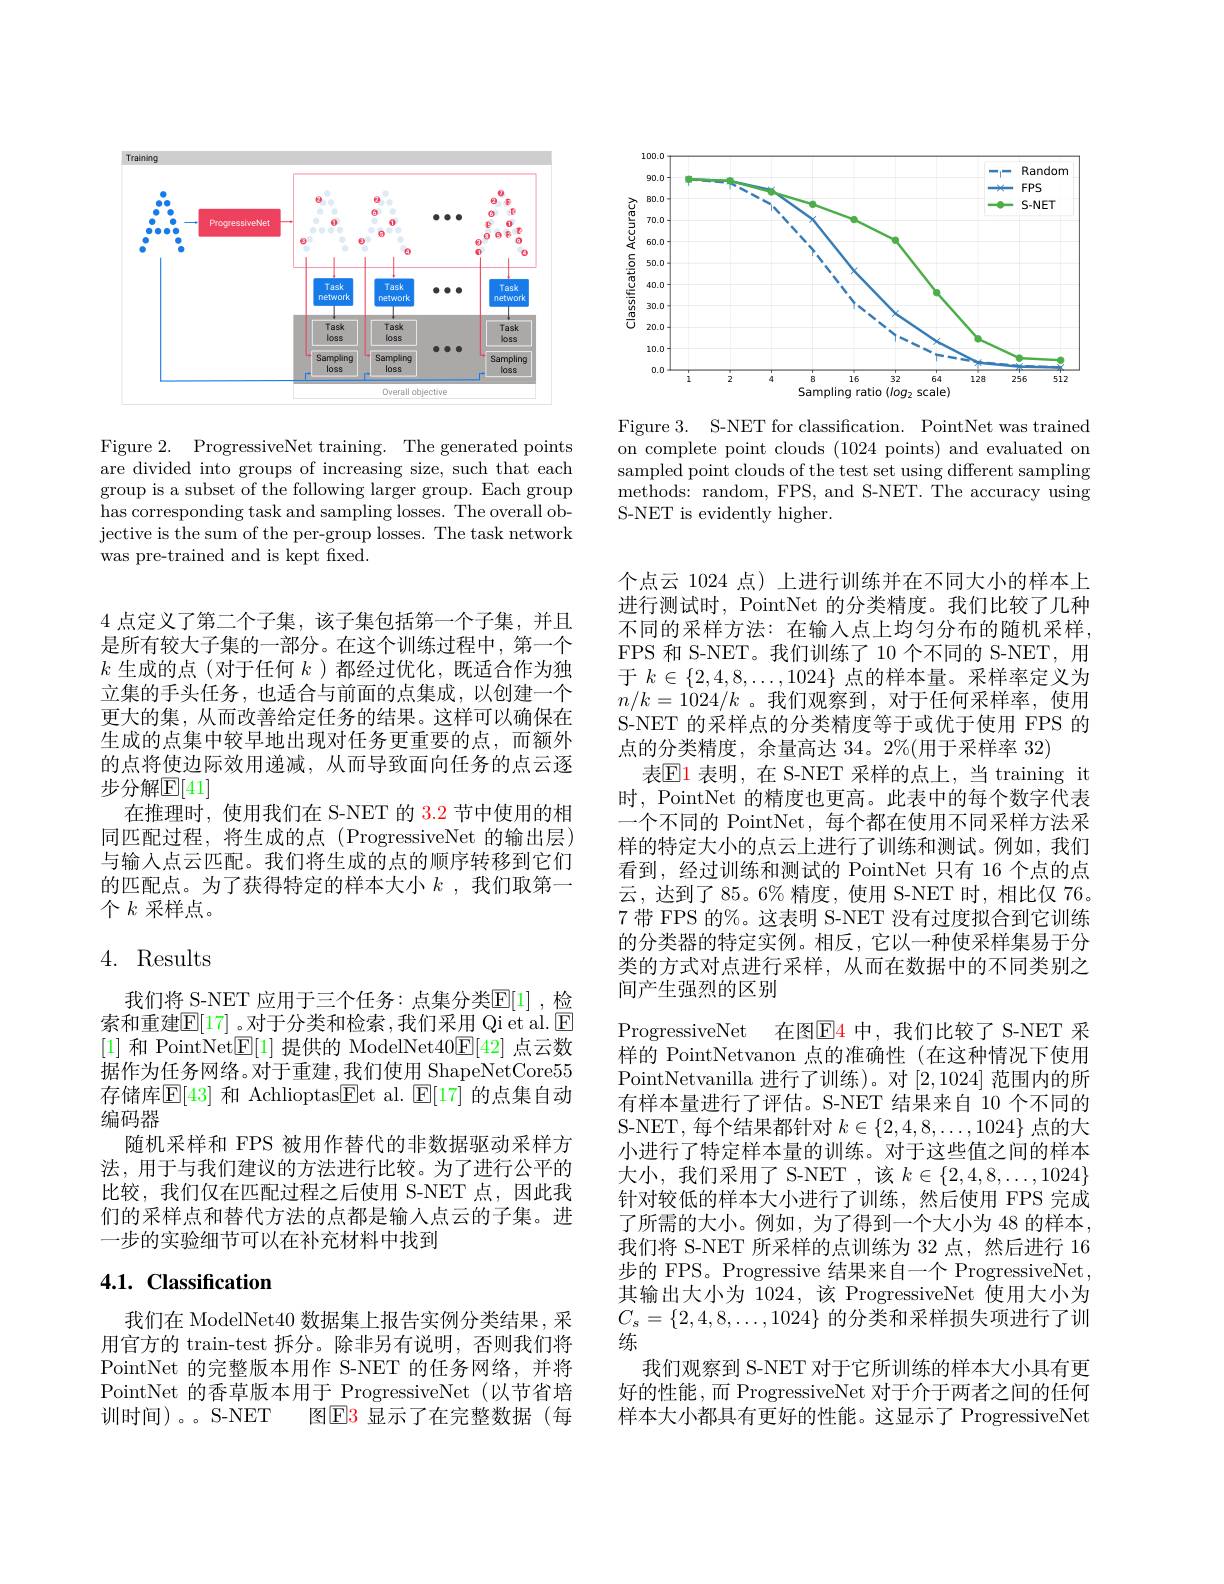
Training
<FigureHere>

Figure 2. ProgressiveNet training. The generated points are divided into groups of increasing size, such that each group is a subset of the following larger group. Each group has corresponding task and sampling losses. The overall objective is the sum of the per-group losses. The task network was pre-trained and is kept fixed.

4点定义了第二个子集，该子集包括第一个子集，并且是所有较大子集的一部分。在这个训练过程中，第一个$k$生成的点 (对于任何$k$ )都经过优化，既适合作为独立集的手头任务，也适合与前面的点集成，以创建一个更大的集，从而改善给定任务的结果。这样可以确保在生成的点集中较早地出现对任务更重要的点，而额外的点将使边际效用递减，从而导致面向任务的点云逐步分解$\mathbb{E}[41]$
在推理时，使用我们在 S-NET 的 3.2 节中使用的相同匹配过程，将生成的点(ProgressiveNet 的输出层) 与输入点云匹配。我们将生成的点的顺序转移到它们的匹配点。为了获得特定的样本大小$k$ ,我们取第一个$k$采样点。

## 4. Results

我们将 S-NET 应用于三个任务：点集分类$\mathbb{E}[1]$ ,检索和重建$\mathbb{E}[17]$ 。对于分类和检索 ,我们采用 Qi et al. $\mathbb{E}$ [1]和 PointNet$\boxed{\mathbb{E}}[1]$提供的 ModelNet$40\boxed{\mathbb{E}}[42]$点云数据作为任务网络。对于重建，我们使用 ShapeNetCore55存储库$\mathbb{E}[43]$ 和 Achlioptas$\underline{\mathrm{Fet~al.~}}\underline{\mathrm{E}}[17]$ 的点集自动编码器
随机采样和 FPS 被用作替代的非数据驱动采样方法，用于与我们建议的方法进行比较。为了进行公平的比较，我们仅在匹配过程之后使用 S-NET 点，因此我们的采样点和替代方法的点都是输入点云的子集。进一步的实验细节可以在补充材料中找到

# 4.1. Classification

我们在 ModelNet40 数据集上报告实例分类结果，采用官方的 train-test 拆分。除非另有说明，否则我们将PointNet 的完整版本用作 S-NET 的任务网络，并将PointNet 的香草版本用于 ProgressiveNet (以节省培训时间)。。S-NET
图$\mathbb{E}$3 显示了在完整数据(每

<FigureHere>

Figure 3. S-NET for classification. PointNet was trained on complete point clouds (1024 points) and evaluated on sampled point clouds of the test set using different sampling ${\mathrm{methods:~random,~FPS,~and~S-NET.~The~accuracy~using}}$ S-NET is evidently higher.

个点云 1024 点) 上进行训练并在不同大小的样本上进行测试时，PointNet 的分类精度。我们比较了几种不同的采样方法：在输入点上均匀分布的随机采样， FPS 和 S-NET。我们训练了 10 个不同的 S-NET, 用于$k\in\{2,4,8,\ldots,1024\}$点的样本量。采样率定义为$n/k=1024/k$ 。我们观察到，对于任何采样率，使用S-NET 的采样点的分类精度等于或优于使用 FPS 的点的分类精度，余量高达 34。2%(用于采样率 32)
表$\mathbb{E}$1 表明，在 S-NET 采样的点上，当 training it 时，PointNet 的精度也更高。此表中的每个数字代表一个不同的 PointNet, 每个都在使用不同采样方法采样的特定大小的点云上进行了训练和测试。例如，我们看到，经过训练和测试的 PointNet 只有 16 个点的点云，达到了85。6%精度，使用 S-NET 时，相比仅 76。7 带 FPS 的%。这表明 S-NET 没有过度拟合到它训练的分类器的特定实例。相反，它以一种使采样集易于分类的方式对点进行采样，从而在数据中的不同类别之间产生强烈的区别
ProgressiveNet 在图$\underline{\mathrm{E}}$4 中，我们比较了 S-NET 采样的 PointNetvanon 点的准确性(在这种情况下使用PointNetvanilla 进行了训练)。对[2,1024]范围内的所有样本量进行了评估。S-NET 结果来自 10 个不同的S-NET,每个结果都针对$k\in\{2,4,8,\ldots,1024\}$点的大小进行了特定样本量的训练。对于这些值之间的样本大小，我们采用了 S-NET ,该$k\in\{2,4,8,\ldots,1024\}$ 针对较低的样本大小进行了训练，然后使用 FPS 完成了所需的大小。例如，为了得到一个大小为 48 的样本， 我们将 S-NET 所采样的点训练为 32 点，然后进行 16步的 FPS。Progressive 结果来自一个 ProgressiveNet, 其输出大小为 1024,该 ProgressiveNet 使用大小为$C_s=\{2,4,8,\ldots,1024\}$的分类和采样损失项进行了训练
我们观察到 S-NET 对于它所训练的样本大小具有更好的性能 ,而 ProgressiveNet 对于介于两者之间的任何样本大小都具有更好的性能。这显示了 ProgressiveNet